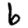
Digit: 6